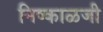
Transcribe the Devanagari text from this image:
निष्काळजी